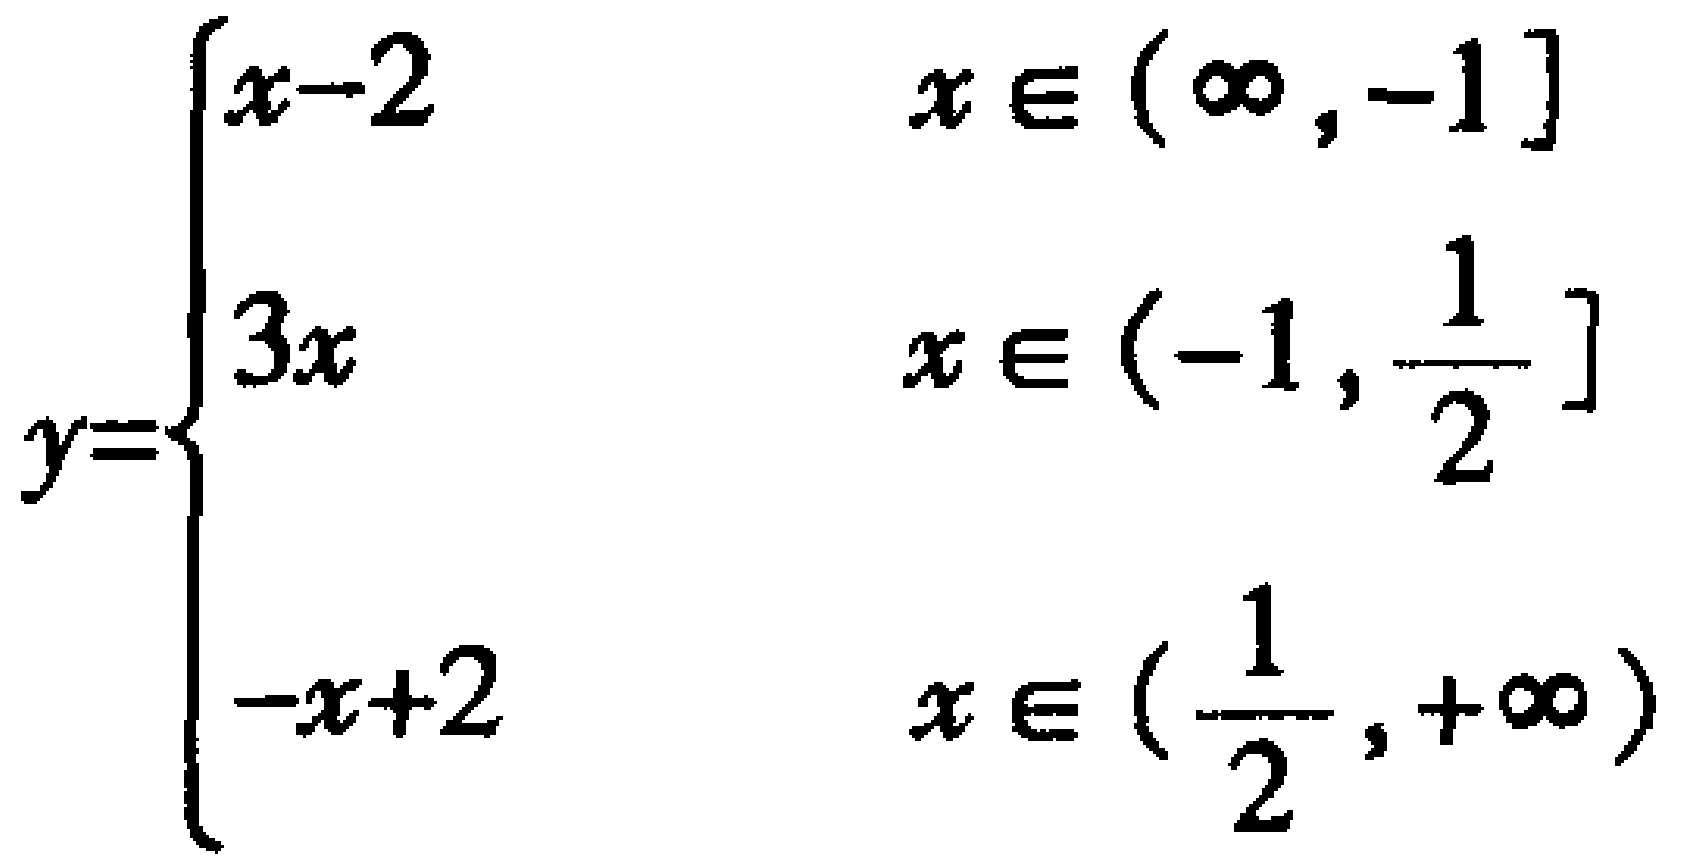
\[
y=
\begin{cases}
x - 2 & x \in (-\infty,-1] \\
3x & x \in (-1,\frac{1}{2}] \\
-x + 2 & x \in (\frac{1}{2},+\infty)
\end{cases}
\]